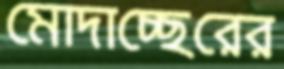
মোদাচ্ছেরের